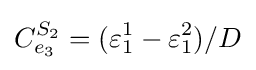
C_{e_{3}}^{S_{2}}=(\varepsilon _{1}^{1}-\varepsilon _{1}^{2})/D